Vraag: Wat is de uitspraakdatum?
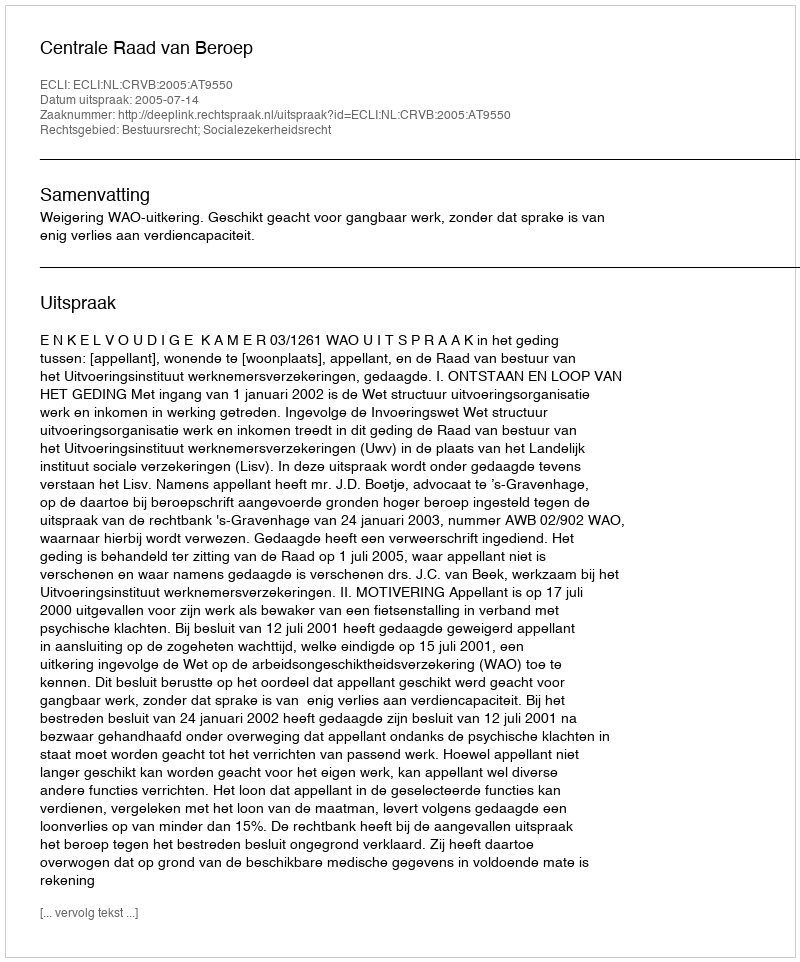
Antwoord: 2005-07-14